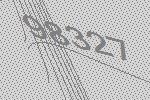
98327